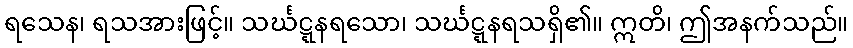
ရသေန၊ ရသအားဖြင့်။ သင်္ဃဋ္ဋနရသော၊ သင်္ဃဋ္ဋနရသရှိ၏။ ဣတိ၊ ဤအနက်သည်။